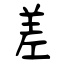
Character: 差